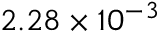
2 . 2 8 \times 1 0 ^ { - 3 }